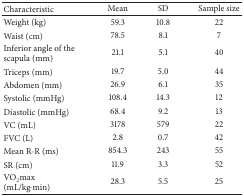
<table><thead><tr><td><b>Characteristic</b></td><td><b>Mean</b></td><td><b>SD</b></td><td><b>Sample size</b></td></tr></thead><tbody><tr><td>Weight (kg)</td><td>59.3</td><td>10.8</td><td>22</td></tr><tr><td>Waist (cm)</td><td>78.5</td><td>8.1</td><td>7</td></tr><tr><td>Inferior angle of the scapula (mm)</td><td>21.1</td><td>5.1</td><td>40</td></tr><tr><td>Triceps (mm)</td><td>19.7</td><td>5.0</td><td>44</td></tr><tr><td>Abdomen (mm)</td><td>26.9</td><td>6.1</td><td>35</td></tr><tr><td>Systolic (mmHg)</td><td>108.4</td><td>14.3</td><td>12</td></tr><tr><td>Diastolic (mmHg)</td><td>68.4</td><td>9.2</td><td>13</td></tr><tr><td>VC (mL)</td><td>3178</td><td>579</td><td>22</td></tr><tr><td>FVC (L)</td><td>2.8</td><td>0.7</td><td>42</td></tr><tr><td>Mean R-R (ms)</td><td>854.3</td><td>243</td><td>55</td></tr><tr><td>SR (cm)</td><td>11.9</td><td>3.3</td><td>52</td></tr><tr><td>VO<sub>2</sub>max (mL/kg<i>·</i>min)</td><td>28.3</td><td>5.5</td><td>25</td></tr></tbody></table>